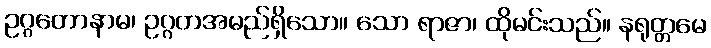
ဥဂ္ဂတောနာမ၊ ဥဂ္ဂတအမည်ရှိသော။ သော ရာဇာ၊ ထိုမင်းသည်။ နရုတ္တမေ